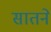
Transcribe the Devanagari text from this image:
सातने